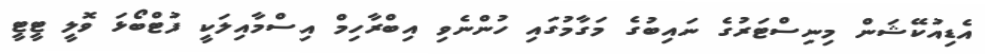
އެޑިއުކޭޝަން މިނިސްޓަރުގެ ނައިބުގެ މަގާމުގައި ހުންނެވި އިބްރާހިމް އިސްމާއިލަކީ ފުޓްބޯޅަ ވޮލީ ޓީޓީ